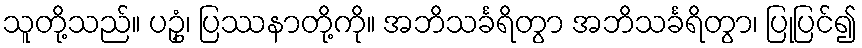
သူတို့သည်။ ပဥှံ၊ ပြဿနာတို့ကို။ အဘိသင်္ခရိတွာ အဘိသင်္ခရိတွာ၊ ပြုပြင်၍